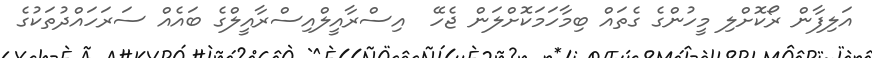
އަލިފާން ރޯކޮށްލި މީހުންގެ ގެތައް ބިމާހަމަކޮށްލަން ޖެހޭ  އިސްރާއީލްއިސްރާއީލްގެ ބައެއް ސަރަހައްދުތަކުގެ